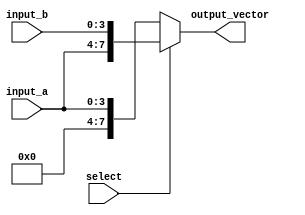
module vector_continuous_assignment (
    input wire [3:0] input_a,      // 4-bit input signal A
    input wire [3:0] input_b,      // 4-bit input signal B
    input wire select,              // Control signal for conditional assignment
    output reg [7:0] output_vector  // 8-bit output vector
);

// Continuous assignment using always block
always @(*) begin
    // Conditional logic to assign values to the output_vector
    if (select) begin
        // If select is high, concatenate input_a and input_b
        output_vector = {input_a, input_b}; // Concatenation of input_a and input_b
    end else begin
        // If select is low, assign a default value or some other operation
        output_vector = {4'b0000, input_a}; // Assign lower 4 bits from input_a, upper 4 bits are zero
    end
end

endmodule